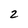
Character: 2